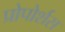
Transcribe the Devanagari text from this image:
प्रोपोर्शस